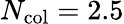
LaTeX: N_{\mathrm{col}}=2.5